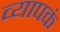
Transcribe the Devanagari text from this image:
व्यापकं